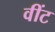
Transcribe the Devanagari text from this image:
वींट